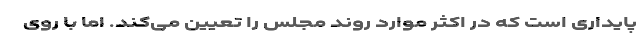
پایداری است كه در اكثر موارد روند مجلس را تعیین می‌كند. اما با روی